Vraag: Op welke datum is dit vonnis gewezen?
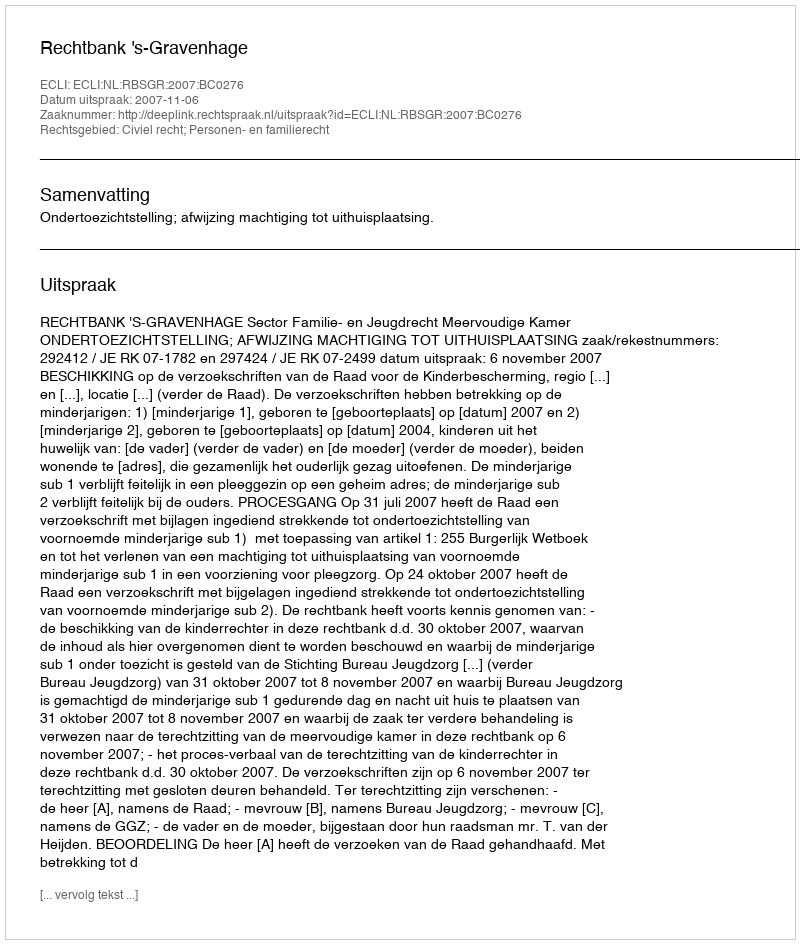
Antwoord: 2007-11-06